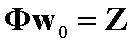
\[\boldsymbol{\varPhi}\mathbf{w}_0 = \mathbf{Z}\]